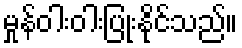
မှုန်ဝါးဝါးပြုံးနိုင်သည်။